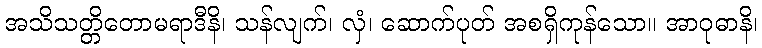
အသိသတ္တိတောမရာဒီနိ၊ သန်လျက်၊ လှံ၊ ဆောက်ပုတ် အစရှိကုန်သော။ အာဝုဓာနိ၊